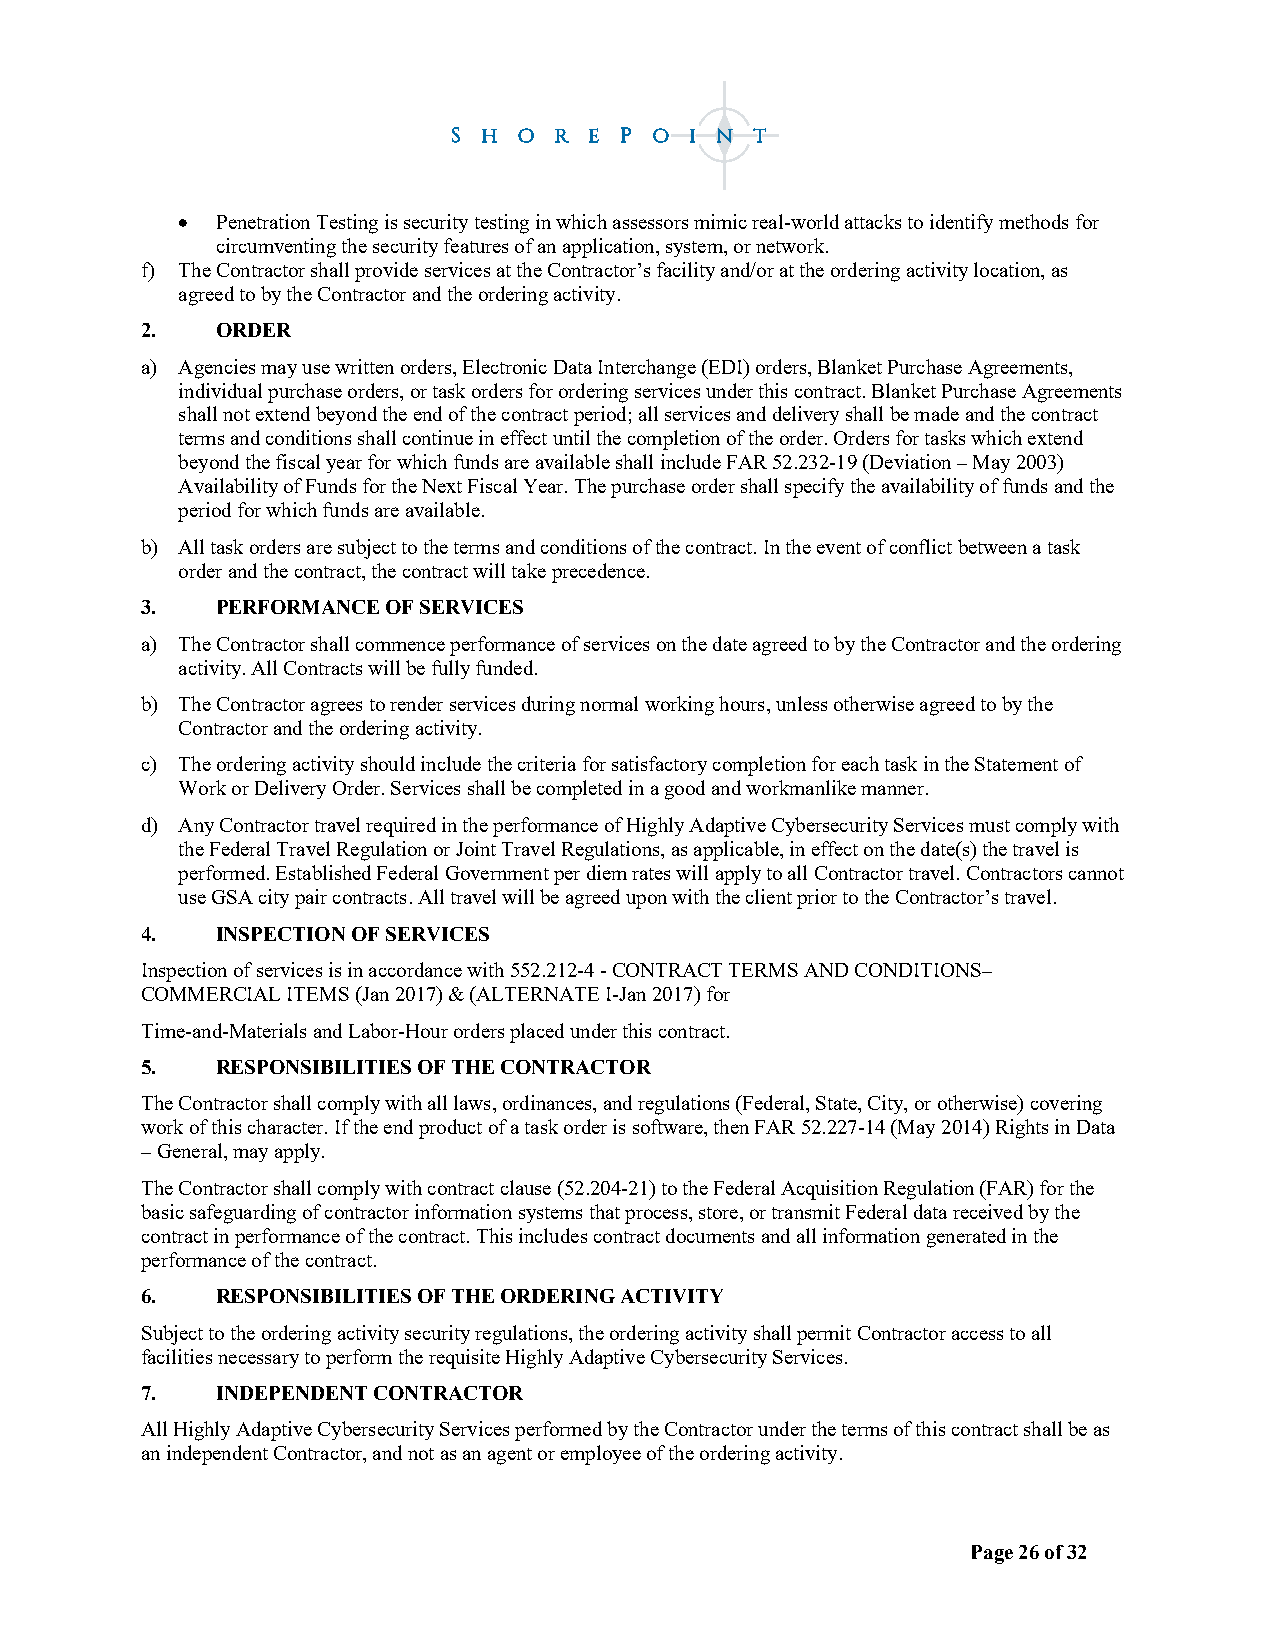
• Penetration Testing is security testing in which assessors mimic real-world attacks to identify methods for
 circumventing the security features of an application, system, or network.
 f) The Contractor shall provide services at the Contractor’s facility and/or at the ordering activity location, as
 agreed to by the Contractor and the ordering activity.
 2.   ORDER
 a) Agencies may use written orders, Electronic Data Interchange (EDI) orders, Blanket Purchase Agreements,
 individual purchase orders, or task orders for ordering services under this contract. Blanket Purchase Agreements
 shall not extend beyond the end of the contract period; all services and delivery shall be made and the contract
 terms and conditions shall continue in effect until the completion of the order. Orders for tasks which extend
 beyond the fiscal year for which funds are available shall include FAR 52.232-19 (Deviation – May 2003)
 Availability of Funds for the Next Fiscal Year. The purchase order shall specify the availability of funds and the
 period for which funds are available.
 b) All task orders are subject to the terms and conditions of the contract. In the event of conflict between a task
 order and the contract, the contract will take precedence.
 3.   PERFORMANCE OF SERVICES
 a) The Contractor shall commence performance of services on the date agreed to by the Contractor and the ordering
 activity. All Contracts will be fully funded.
 b) The Contractor agrees to render services during normal working hours, unless otherwise agreed to by the
 Contractor and the ordering activity.
 c) The ordering activity should include the criteria for satisfactory completion for each task in the Statement of
 Work or Delivery Order. Services shall be completed in a good and workmanlike manner.
 d) Any Contractor travel required in the performance of Highly Adaptive Cybersecurity Services must comply with
 the Federal Travel Regulation or Joint Travel Regulations, as applicable, in effect on the date(s) the travel is
 performed. Established Federal Government per diem rates will apply to all Contractor travel. Contractors cannot
 use GSA city pair contracts. All travel will be agreed upon with the client prior to the Contractor’s travel.
 4.   INSPECTION OF SERVICES
 Inspection of services is in accordance with 552.212-4 - CONTRACT TERMS AND CONDITIONS–
 COMMERCIAL ITEMS (Jan 2017) & (ALTERNATE I-Jan 2017) for
 Time-and-Materials and Labor-Hour orders placed under this contract.
 5.   RESPONSIBILITIES OF THE CONTRACTOR
 The Contractor shall comply with all laws, ordinances, and regulations (Federal, State, City, or otherwise) covering
 work of this character. If the end product of a task order is software, then FAR 52.227-14 (May 2014) Rights in Data
 – General, may apply.
 The Contractor shall comply with contract clause (52.204-21) to the Federal Acquisition Regulation (FAR) for the
 basic safeguarding of contractor information systems that process, store, or transmit Federal data received by the
 contract in performance of the contract. This includes contract documents and all information generated in the
 performance of the contract.
 6.   RESPONSIBILITIES OF THE ORDERING ACTIVITY
 Subject to the ordering activity security regulations, the ordering activity shall permit Contractor access to all
 facilities necessary to perform the requisite Highly Adaptive Cybersecurity Services.
 7.   INDEPENDENT CONTRACTOR
 All Highly Adaptive Cybersecurity Services performed by the Contractor under the terms of this contract shall be as
 an independent Contractor, and not as an agent or employee of the ordering activity.
 Page 26 of 32